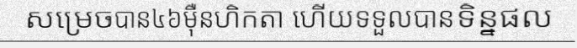
សម្រេចបាន៤៦ម៉ឺនហិកតា ហើយទទួលបានទិន្នផល